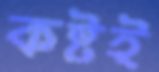
কষ্টই